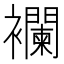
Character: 襴